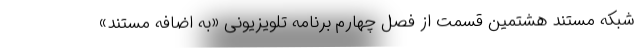
شبکه مستند هشتمین قسمت از فصل چهارم برنامه تلویزیونی «به اضافه مستند»